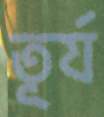
তূর্য